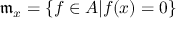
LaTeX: { \mathfrak { m } } _ { x } = \{ f \in A | f ( x ) = 0 \}